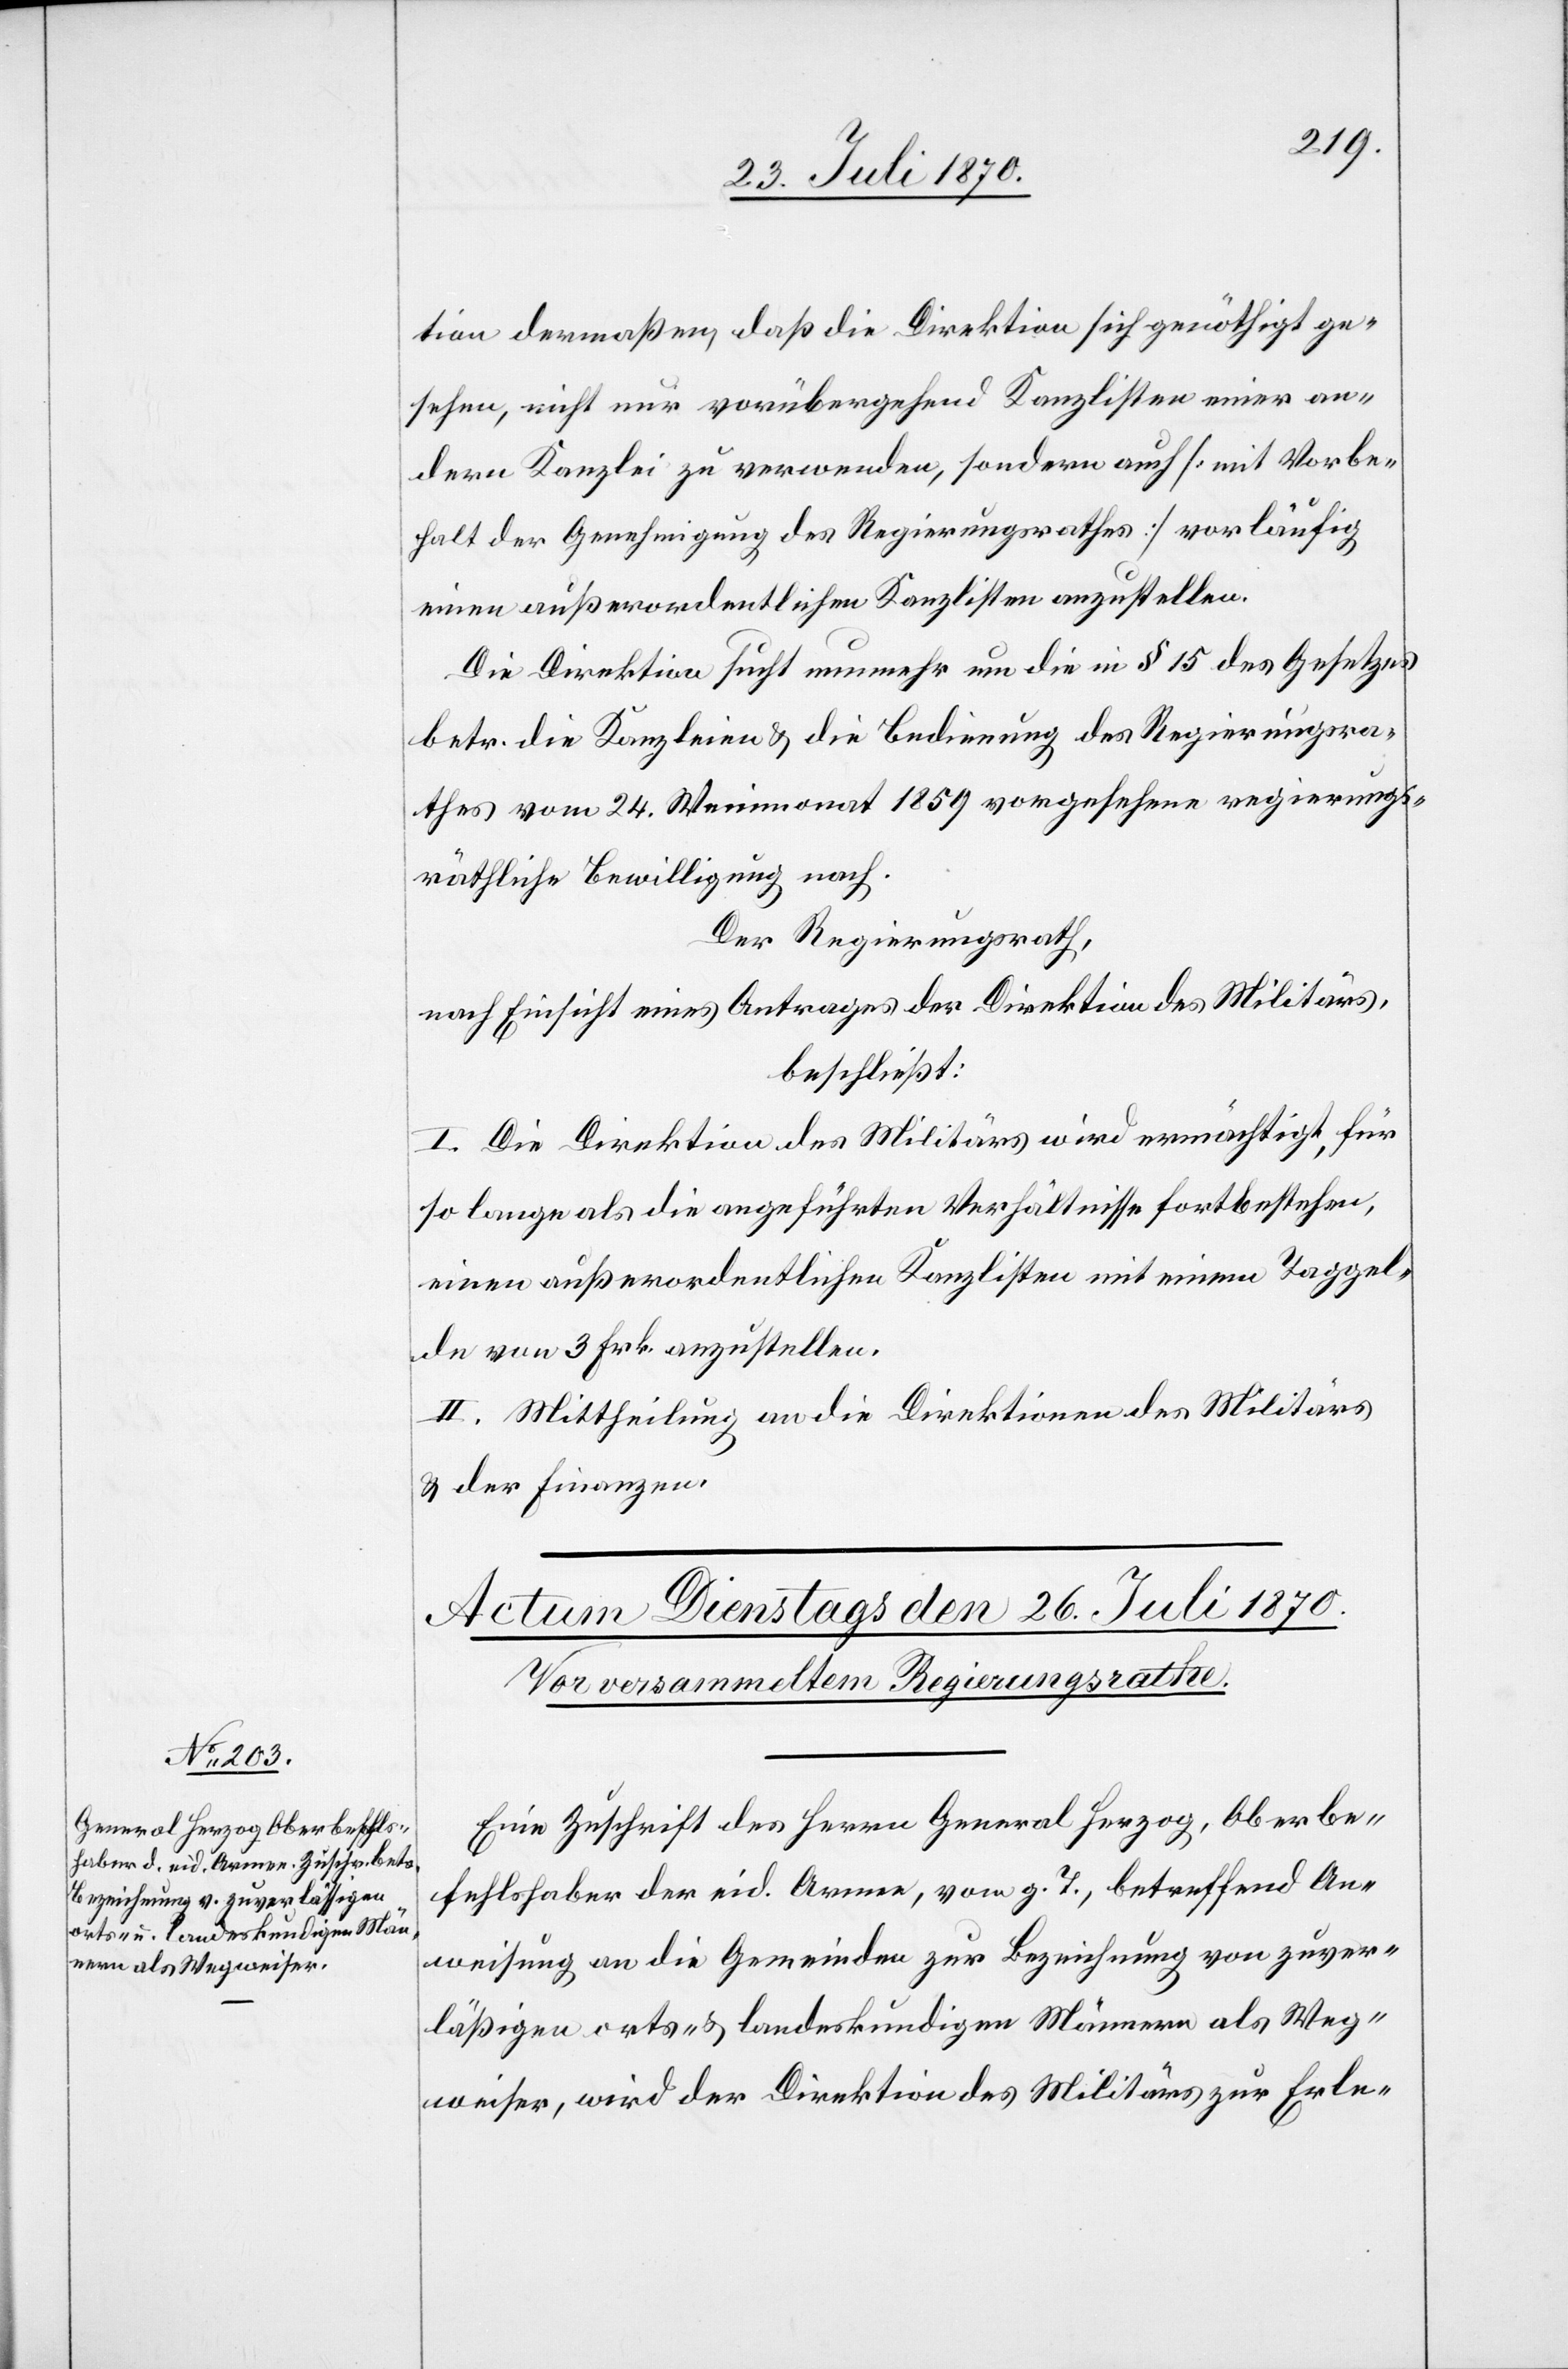
tion dermaßen, daß die Direktion sich genöthigt ge¬
sehen, nicht nur vorübergehend Kanzlisten einer an¬
dern Kanzlei zu verwenden, sondern auch [mit Vorbe¬
halt der Genehmigung des Regierungsrathes] vorläufig
einen außerordentlichen Kanzlisten anzustellen.
Die Direktion sucht nunmehr um die in § 15 des Gesetzes
betr. die Kanzleien & die Bedienung des Regierungsra¬
thes vom 24. Weinmonat 1859 vorgesehene regierungs¬
räthliche Bewilligung nach.
Der Regierungsrath,
nach Einsicht eines Antrages der Direktion des Militärs,
beschließt:
I. Die Direktion des Militärs wird ermächtigt, für
so lange als die angeführten Verhältnisse fortbestehen,
einen außerordentlichen Kanzlisten mit einem Taggel¬
de von 3 Frk. anzustellen.
II. Mittheilung an die Direktionen des Militärs
& der Finanzen.
Eine Zuschrift des Herrn General Herzog, Oberbe¬
fehlshaber der eid. Armee, vom g. T, betreffend An¬
weisung an die Gemeinden zur Bezeichnung von zuver¬
läßigen orts- & landeskundigen Männern als Weg¬
weiser, wird der Direktion des Militärs zur Erle-